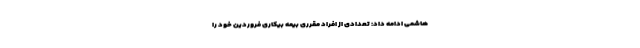
هاشمی ادامه داد: تعدادی از افراد مقرری بیمه بیکاری فروردین خود را